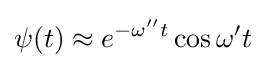
\psi (t)\approx e^{-\omega ^{\prime \prime }t}\cos \omega ^{\prime }t